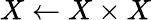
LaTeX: X\gets X\times X